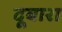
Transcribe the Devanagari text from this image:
दूबारा